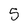
Character: 5